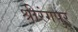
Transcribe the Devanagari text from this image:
श्रीरंगपुर